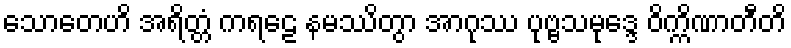
သောတေဟိ အရိတ္တံ ကရဠေ နမဿိတွာ အာဂုဿ ပုဗ္ဗသမုဒ္ဒေ ဝိက္ကိဏာတီတိ